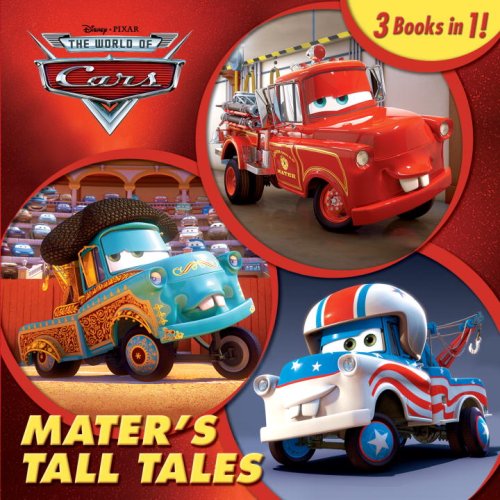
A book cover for Mater's Tall Tales (Disney/Pixar Cars) (Cars Toon); RH Disney; Children's Books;